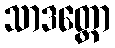
သာဒတ္တော